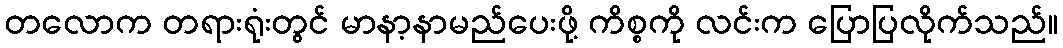
တလောက တရားရုံးတွင် မာနာ့နာမည်ပေးဖို့ ကိစ္စကို လင်းက ပြောပြလိုက်သည်။